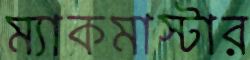
ম্যাকমাস্টার